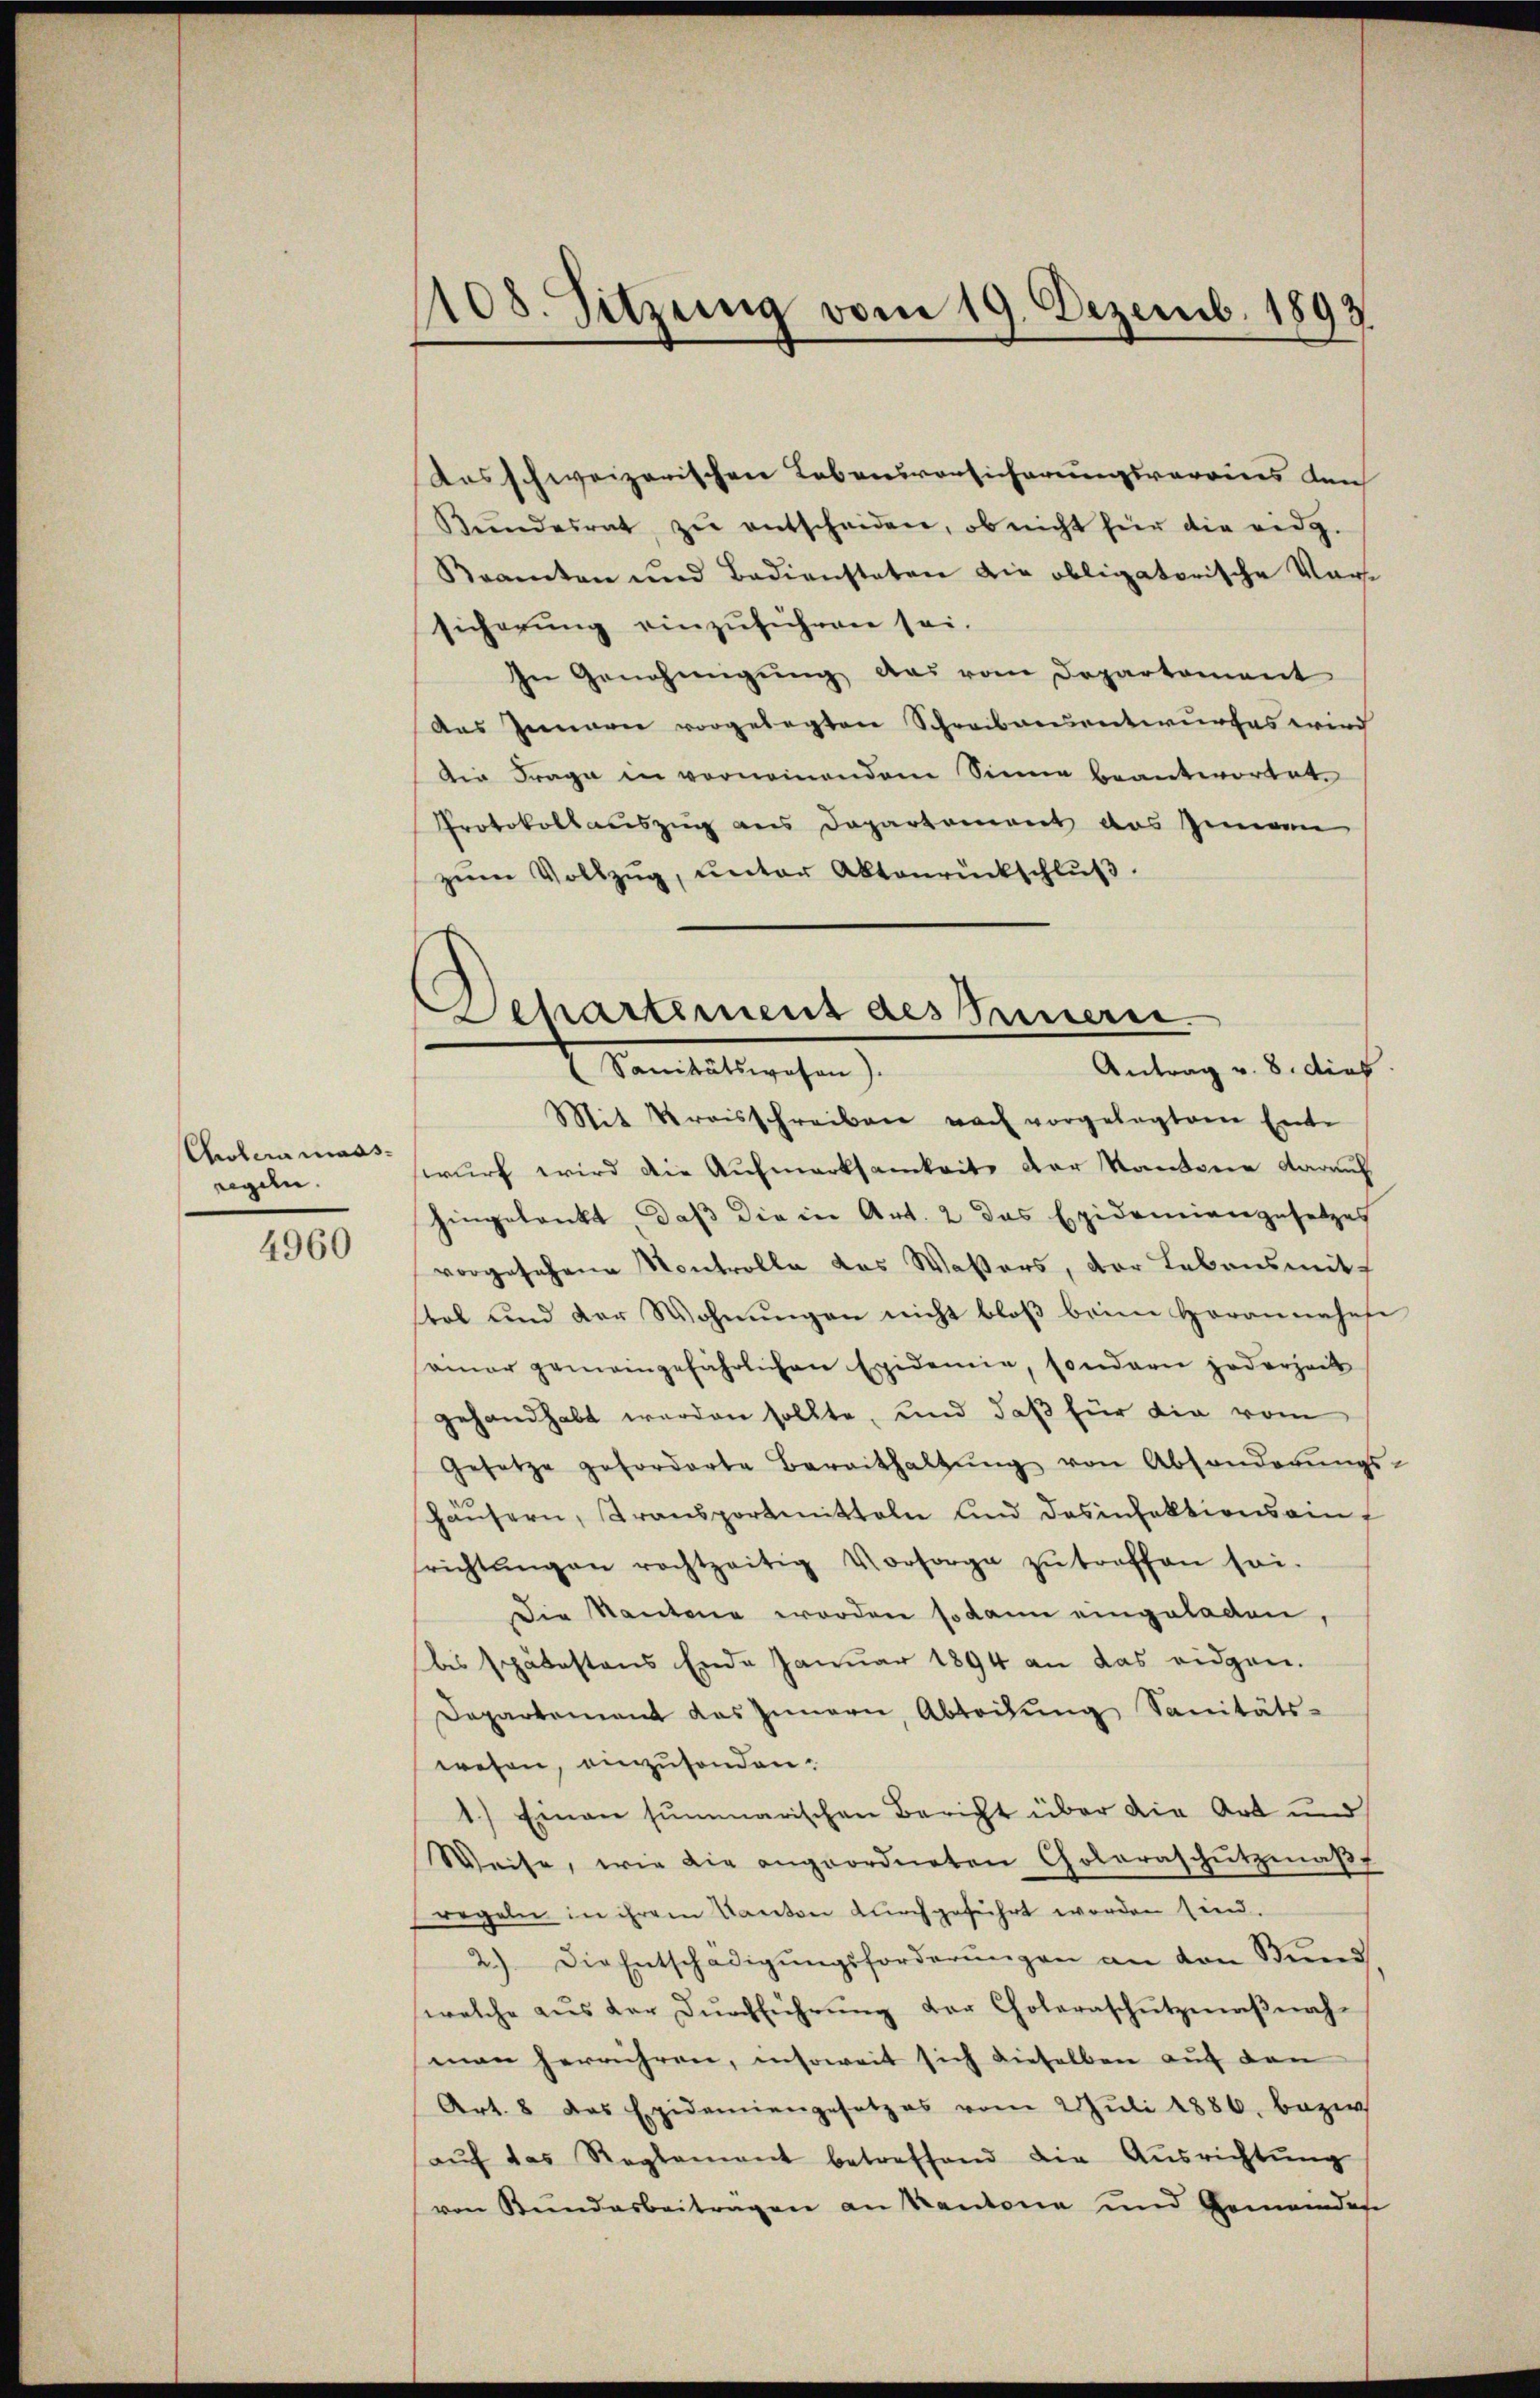
Cholera maasregeln.

4960

108. Sitzung vom 19. Dezemb. 1893

Separtement des Peuerei
Antrag v. 8. dies
 amtlichen

Ausschweizerischen Lebensvorsicherungsvereines den
Bŭndesrat zŭ entscheiden, ob nicht für die eidg.
Beamten und Badiensteten die obligatorische Vorsicherung einzuführen sei.
In Genehmigung das vom Departement
Das Innerie vorgelegten Schreibarentwurfes wird
Die Frage in vornemendem Sinne beantwortet.
Protokollauszug aus Departement das Zimmen
zŭm Vollzŭg, ŭnter Abtonrückschlŭβ
Mit Kreisschreiben nach vorgelegten Ente
wurf wird die Aufmerksamkeit der Kantone darauf
hingelenkt, daß die in Art. 2 das Epidemiengesetzes
vorgesehene Kontrolle das Waßers, der Lebensmit-
stel und der Wohnŭngen nicht bloβ beim Herannahese
amar gemeingefährlichen Epidemie, sondern jederzeit
gehandhabt werden sollte, und daß für die vom
Gesetze geforderte Beraithaltŭng von Absonderŭngs-
häŭsern, Transportmitteln und dasinfektionsaint
srichtŭngen rechtzeitig Vorsorge zŭ treffen sei.
Die Kantone worden sodann eingeladen,
ds spätestens Ende Januar 1894 an das eidgen.
Departement das Innern, Abtodŭng Sanitäts-
wesen, einzusenden.
1.) Einen summarischen Bericht über die Art und
Weise, wie die angeordneten Choleraschutzmaβt
regeln in ihrem Kanton durchgeführt worden sind.
2.) Die Entschädigŭngsforderŭngen an den Bŭnd
welche aus der Durchführung der Choleraschutzmaßnahman herrühren, insoweit sich dieselben auf den
Art. 8 das Epidemiengesetzes vom 2. Juli 1886, bezir
aŭf das Reglement betreffend die Aŭsrichtŭng
von Bundesbeitragen an Kantone und Gemeindes